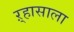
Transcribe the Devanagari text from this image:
ऱ्हासाला